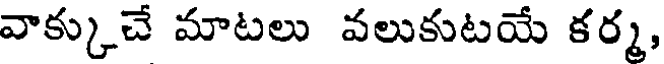
వాక్కుచే మాటలు వలుకుటయే కర్మ,